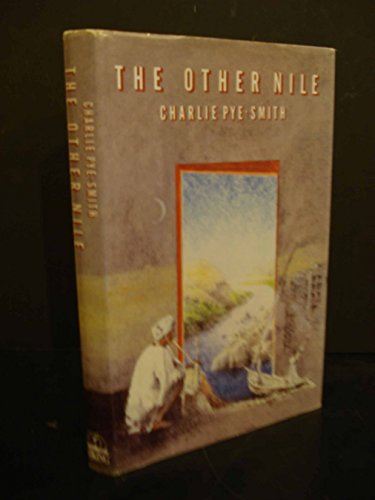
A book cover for The Other Nile: Journeys in Egypt, the Sudan, and Ethiopia; Charlie Pye-Smith; Travel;